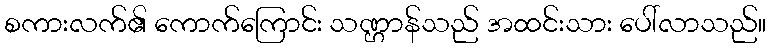
စကားလက်၏ ကောက်ကြောင်း သဏ္ဌာန်သည် အထင်းသား ပေါ်လာသည်။